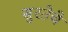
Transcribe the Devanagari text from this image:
सुरतेचे